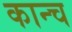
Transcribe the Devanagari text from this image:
कान्च